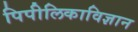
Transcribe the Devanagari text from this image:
पिपीलिकाविज्ञान